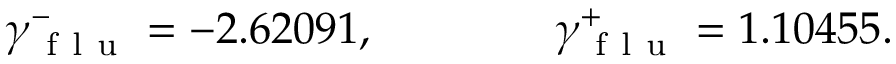
\gamma _ { \mathrm { ~ f ~ l ~ u ~ } } ^ { - } = - 2 . 6 2 0 9 1 , \qquad \qquad \gamma _ { \mathrm { ~ f ~ l ~ u ~ } } ^ { + } = 1 . 1 0 4 5 5 .